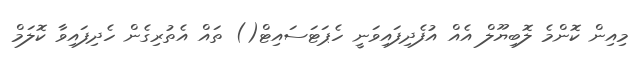
މިއިން ކޮންމެ ލޮބިޔޫލް އެއް އުފެދިފައިވަނީ ހެޕަޓަސައިޓް() ތައް އެތުރިގެން ހެދިފައިވާ ކޮލަމް